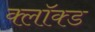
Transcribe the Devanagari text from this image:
क्लॉक्ड